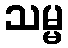
သမ္မ